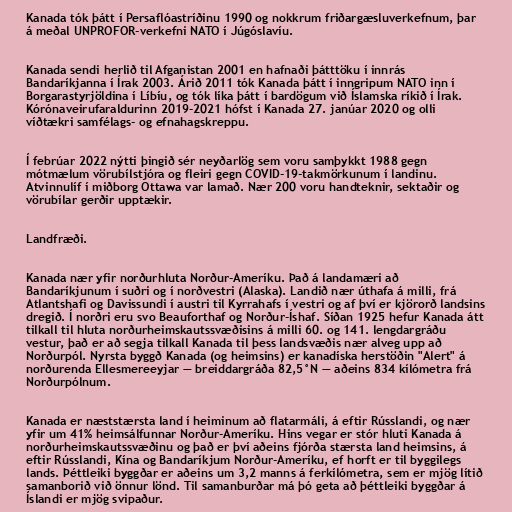
Kanada tók þátt í Persaflóastríðinu 1990 og nokkrum friðargæsluverkefnum, þar
á meðal UNPROFOR-verkefni NATO í Júgóslavíu.

Kanada sendi herlið til Afganistan 2001 en hafnaði þátttöku í innrás
Bandaríkjanna í Írak 2003. Árið 2011 tók Kanada þátt í inngripum NATO inn í
Borgarastyrjöldina í Líbíu, og tók líka þátt í bardögum við Íslamska ríkið í Írak.
Kórónaveirufaraldurinn 2019-2021 hófst í Kanada 27. janúar 2020 og olli
víðtækri samfélags- og efnahagskreppu.

Í febrúar 2022 nýtti þingið sér neyðarlög sem voru samþykkt 1988 gegn
mótmælum vörubílstjóra og fleiri gegn COVID-19-takmörkunum í landinu.
Atvinnulíf í miðborg Ottawa var lamað. Nær 200 voru handteknir, sektaðir og
vörubílar gerðir upptækir.

Landfræði.

Kanada nær yfir norðurhluta Norður-Ameríku. Það á landamæri að
Bandaríkjunum í suðri og í norðvestri (Alaska). Landið nær úthafa á milli, frá
Atlantshafi og Davissundi í austri til Kyrrahafs í vestri og af því er kjörorð landsins
dregið. Í norðri eru svo Beauforthaf og Norður-Íshaf. Síðan 1925 hefur Kanada átt
tilkall til hluta norðurheimskautssvæðisins á milli 60. og 141. lengdargráðu
vestur, það er að segja tilkall Kanada til þess landsvæðis nær alveg upp að
Norðurpól. Nyrsta byggð Kanada (og heimsins) er kanadíska herstöðin "Alert" á
norðurenda Ellesmereeyjar — breiddargráða 82,5°N — aðeins 834 kílómetra frá
Norðurpólnum.

Kanada er næststærsta land í heiminum að flatarmáli, á eftir Rússlandi, og nær
yfir um 41% heimsálfunnar Norður-Ameríku. Hins vegar er stór hluti Kanada á
norðurheimskautssvæðinu og það er því aðeins fjórða stærsta land heimsins, á
eftir Rússlandi, Kína og Bandaríkjum Norður-Ameríku, ef horft er til byggilegs
lands. Þéttleiki byggðar er aðeins um 3,2 manns á ferkílómetra, sem er mjög lítið
samanborið við önnur lönd. Til samanburðar má þó geta að þéttleiki byggðar á
Íslandi er mjög svipaður.